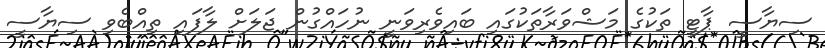
ސިޔާސީ ޕާޓީ ތަކުގެ މަޝްވަރާތަކުގައި ބައިވެރިވަނީ ނުހައްގުން ޖަލަށް ލާފައި ތިއްބެވި ސިޔާސީ